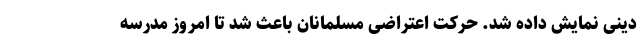
دینی نمایش داده شد. حرکت اعتراضی مسلمانان باعث شد تا امروز مدرسه